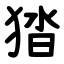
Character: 㹺